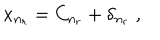
LaTeX: x _ { n _ { r } } = C _ { n _ { r } } + \delta _ { n _ { r } } \; ,